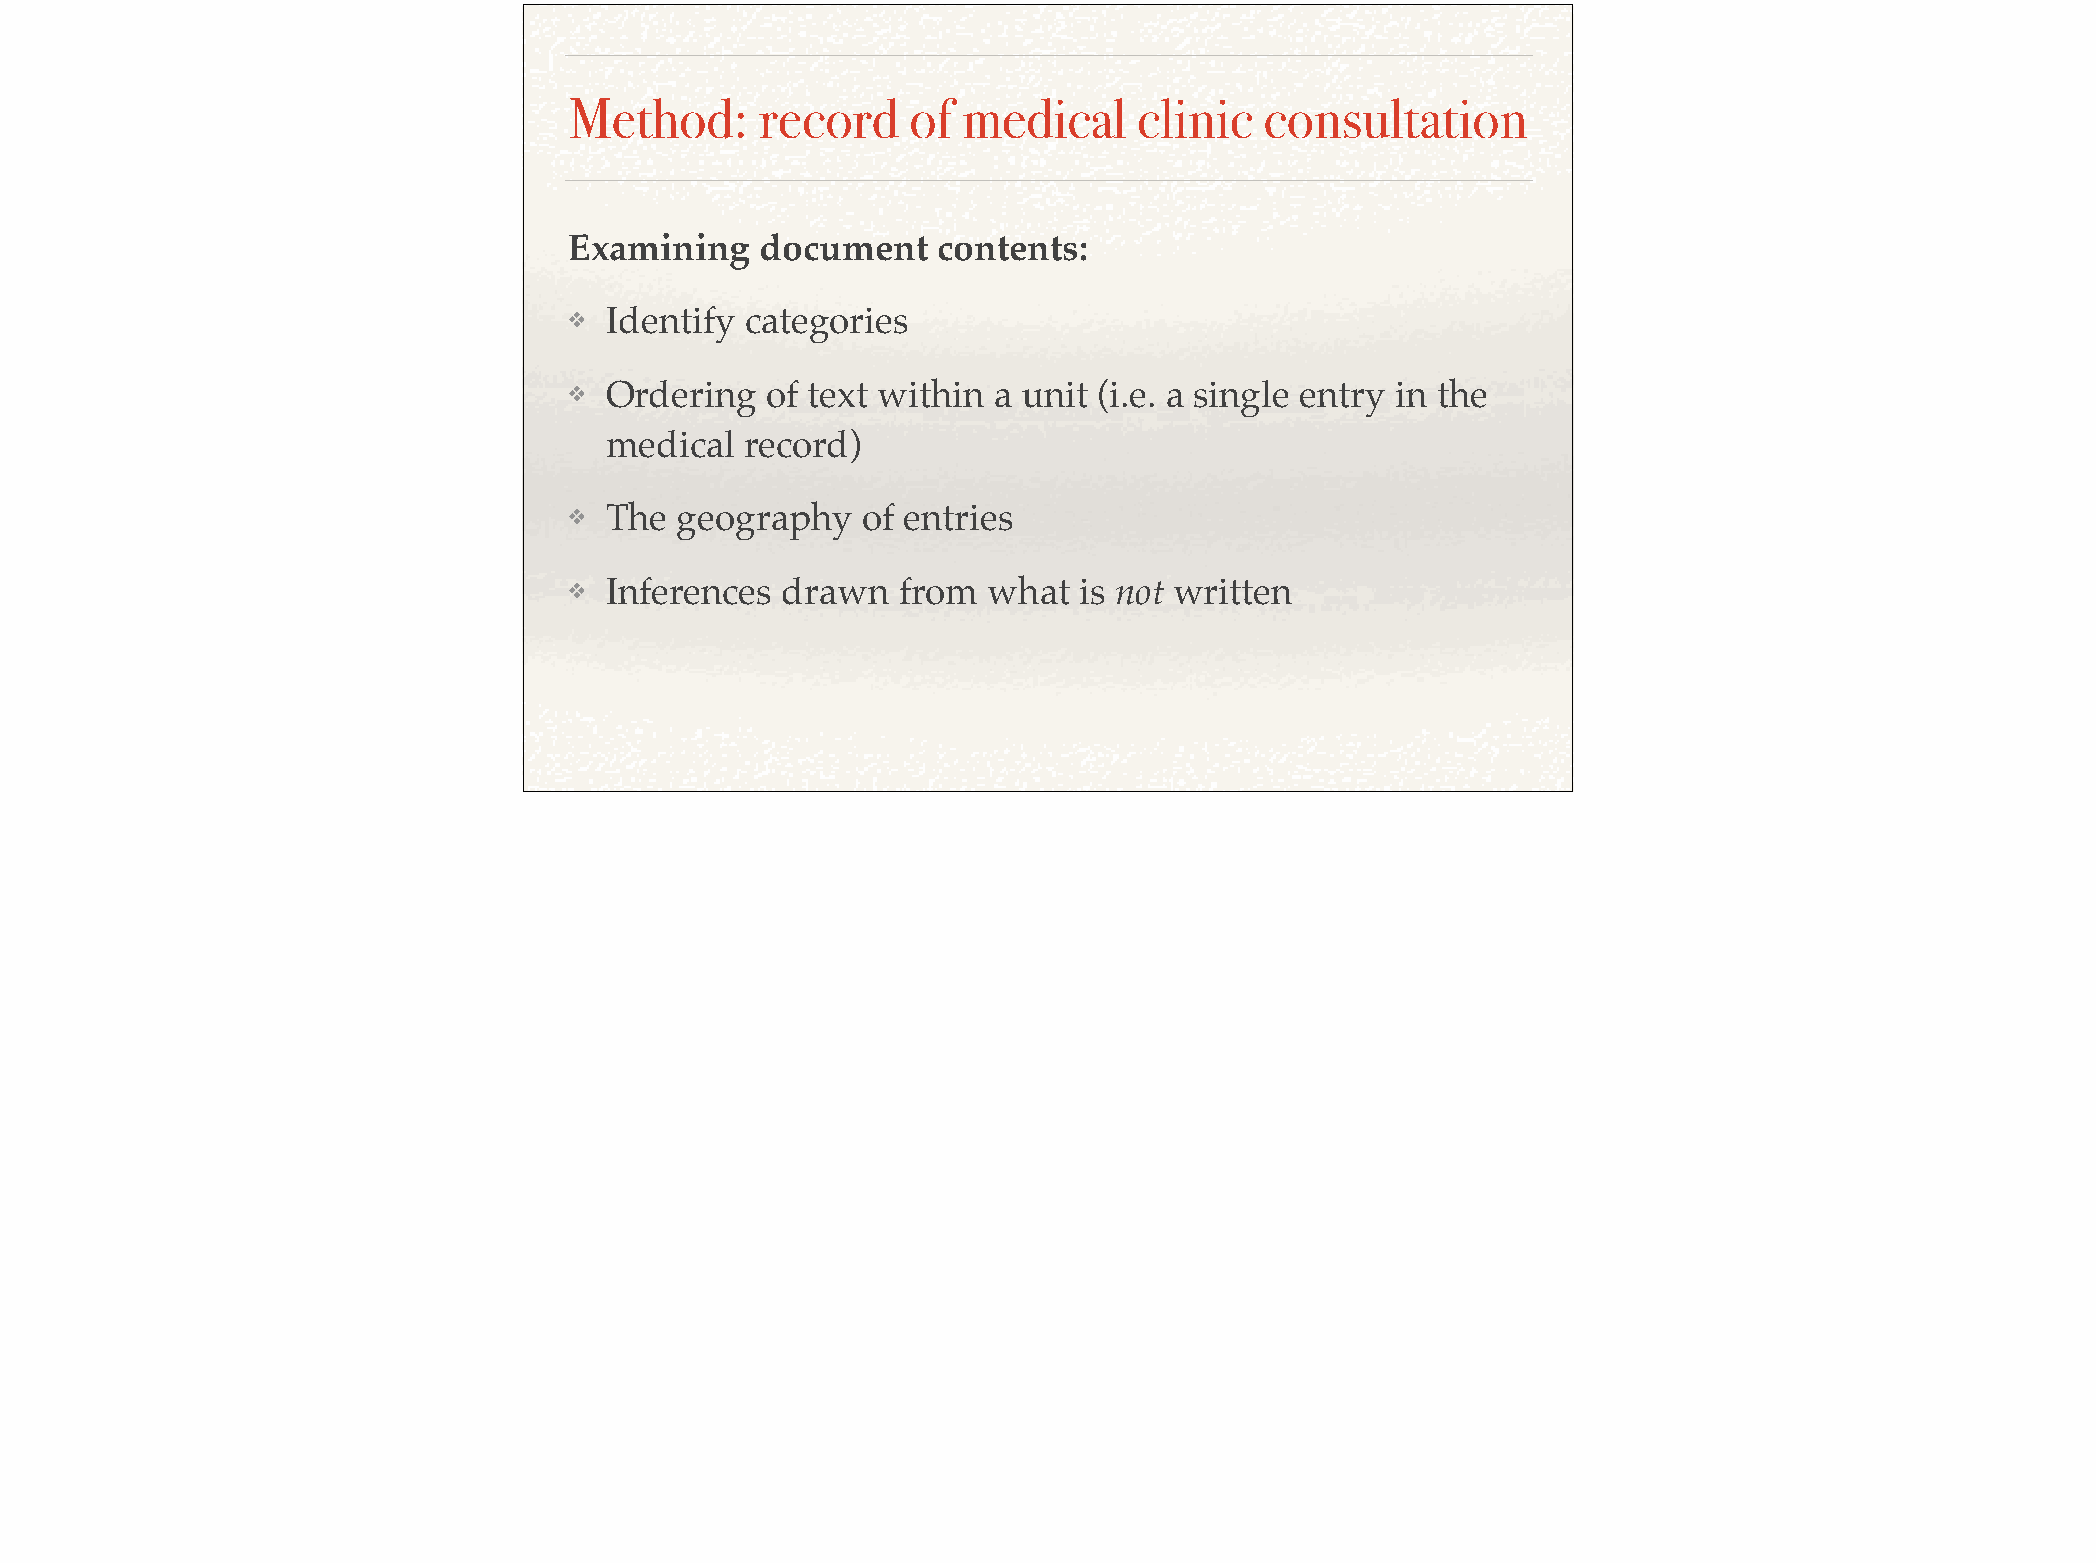
Method:      record    of medical     clinic  consultation
 Examining    document    contents:!
 ❖  Identify categories!
 ❖  Ordering  of text within  a unit (i.e. a single entry in the
 medical  record)!
 ❖  The  geography   of entries!
 ❖  Inferences  drawn  from  what  is not written